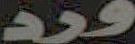
ورد